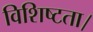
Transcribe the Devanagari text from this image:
विशिष्टता।